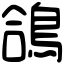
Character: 鴿